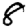
Digit: 8